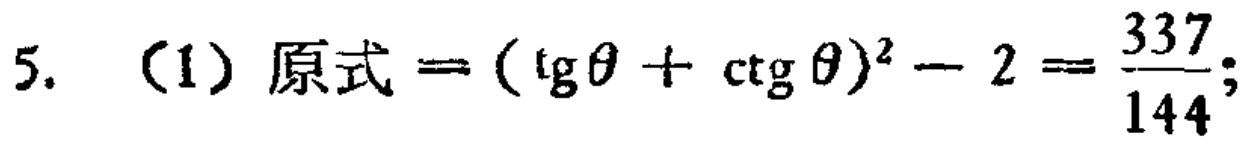
5. （1）原式\(= (\text{tg}\theta + \text{ctg}\theta)^2 - 2 = \frac{337}{144}\);